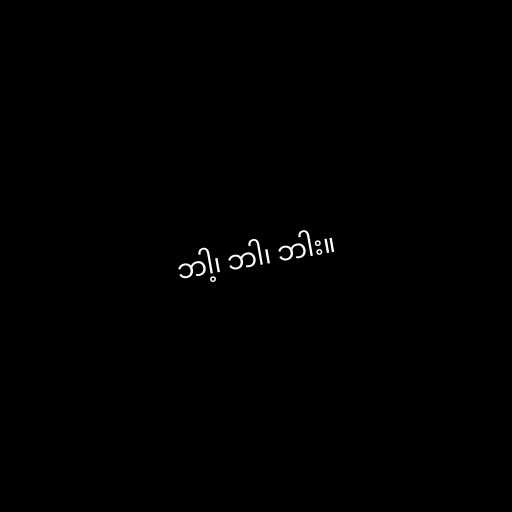
ဘါ့၊ ဘါ၊ ဘါး။